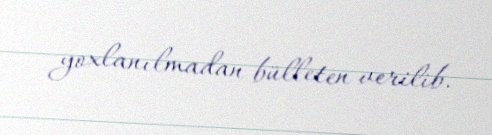
yoxlanılmadan bülleten verilib.